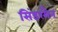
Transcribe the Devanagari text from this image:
सिंडरमैन